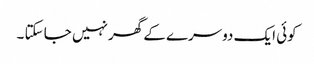
کوئی ایک دوسرے کے گھر نہیں جا سکتا ۔